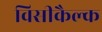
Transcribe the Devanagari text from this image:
विसीकैल्क